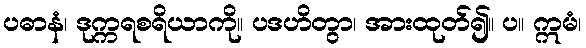
ပဓာနံ၊ ဒုက္ကရစရိယာကို။ ပဒဟိတွာ၊ အားထုတ်၍။ ပ။ ဣမံ၊